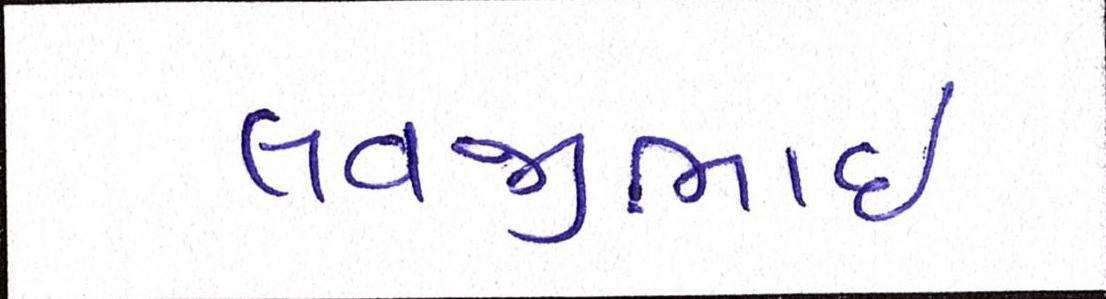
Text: લવજીભાઇ